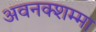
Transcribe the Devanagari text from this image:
अवनक्शम्मा